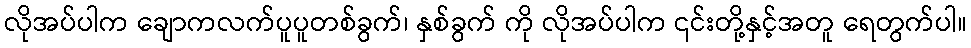
လိုအပ်ပါက ချောကလက်ပူပူတစ်ခွက်၊ နှစ်ခွက် ကို လိုအပ်ပါက ၎င်းတို့နှင့်အတူ ရေတွက်ပါ။